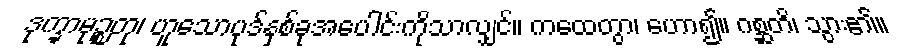
ဒုက္ခာမုဉ္စတု၊ ဟူသောပုဒ်နှစ်ခုအပေါင်းကိုသာလျှင်။ ကထေတွာ၊ ဟော၍။ ဂစ္ဆတိ၊ သွား၏။